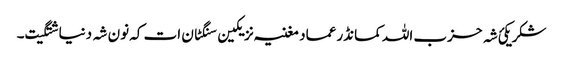
شکر یکئ شہ حزب اللہ کمانڈر عماد مغنیہ نزیکین سنگٹان ات کہ نون شہ دنیا شتگیت۔